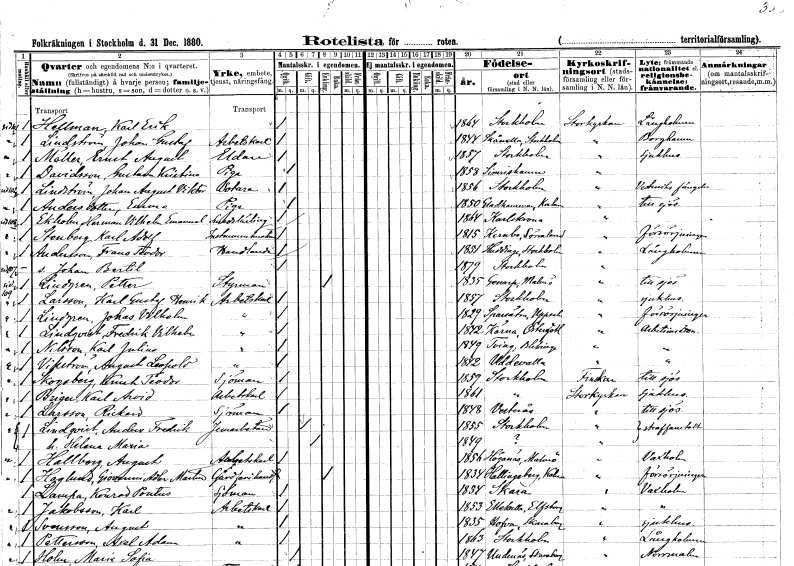
gt_parse: households: individuals: FN: Karl Erik
EN: Hellman
KON: M
CIV: O
FODAR: 1864
FODFORS: Stockholm
FN: Johan Gustaf
EN: Lindström
YRKE: Arbetskarl
KON: M
CIV: O
FODAR: 1844
FODFORS: Skånela Stockholms län
FN: Ernst August
EN: Möller
YRKE: Eldare
KON: M
CIV: O
FODAR: 1857
FODFORS: Stockholm
FN: Gustava Kristina
EN: Davidsson
YRKE: Piga
KON: K
CIV: O
FODAR: 1858
FODFORS: Simrishamn Kristianstads län
FN: Johan August Viktor
EN: Lindström
YRKE: Sotare
KON: M
CIV: O
FODAR: 1856
FODFORS: Stockholm
FN: Emma
EN: Andersdotter
YRKE: Piga
KON: K
CIV: O
FODAR: 1850
FODFORS: Gladhammar Kalmar län
FN: Herman Vilhelm Emanuel
EN: Ekholm
YRKE: Smedslärling
KON: M
CIV: O
FODAR: 1864
FODFORS: Karlskrona Blekinge län
FN: Karl Adolf
EN: Stenberg
YRKE: Instrumentmakare
KON: M
CIV: O
FODAR: 1815
FODFORS: Kärnbo Södermanlands län
FN: Frans Teodor
EN: Andersson
YRKE: Handlande
KON: M
CIV: O
FODAR: 1851
FODFORS: Huddinge Stockholms län
FN: Johan Bertil
KON: M
CIV: O
FODAR: 1879
FODFORS: Stockholm
FN: Petter
EN: Lindgren
YRKE: Styrman
KON: M
CIV: O
FODAR: 1835
FODFORS: Genarp Malmöhus län
FN: Karl Gustaf Henrik
EN: Larsson
YRKE: Arbetskarl
KON: M
CIV: O
FODAR: 1857
FODFORS: Stockholm
FN: Johas Vilhelm
EN: Lindgren
YRKE: Arbetskarl
KON: M
CIV: O
FODAR: 1829
FODFORS: Sparrsätra Uppsala län
FN: Fredrik Vilhelm
EN: Lindqvist
YRKE: Arbetskarl
KON: M
CIV: O
FODAR: 1842
FODFORS: Kärna Östergötlands län
FN: Karl Julius
EN: Nilsson
YRKE: Arbetskarl
KON: M
CIV: O
FODAR: 1849
FODFORS: Tving Blekinge län
FN: August Leopold
EN: Vikström
YRKE: Arbetskarl
KON: M
CIV: O
FODAR: 1842
FODFORS: Uddevalla Göteborgs- och Bohuslän
FN: Knut Teodor
EN: Skogsberg
YRKE: Sjöman
KON: M
CIV: O
FODAR: 1859
FODFORS: Stockholm
FN: Karl Arvid
EN: Briger
YRKE: Arbetskarl
KON: M
CIV: O
FODAR: 1861
FODFORS: Stockholm
FN: Rickard
EN: Larsson
YRKE: Sjöman
KON: M
CIV: O
FODAR: 1848
FODFORS: Västerås Västmanlands län
FN: Anders Fredrik
EN: Lindqvist
YRKE: Järnarbetare
KON: M
CIV: G
FODAR: 1855
FODFORS: Stockholm
FN: Helena Maria
KON: K
CIV: G
FODAR: 1849
FN: August
EN: Hallberg
YRKE: Arbetskarl
KON: M
CIV: O
FODAR: 1856
FODFORS: Höganäs Malmöhus län
FN: Giovanni Adler Martin
EN: Haglund
YRKE: Gårdfarihandlare
KON: M
CIV: E
FODAR: 1834
FODFORS: Hallingeberg Kalmar län
FN: Konrad Pontus
EN: Dampa
YRKE: Sjöman
KON: M
CIV: O
FODAR: 1854
FODFORS: Skara Skaraborgs län
FN: Karl
EN: Jakobsson
YRKE: Arbetskarl
KON: M
CIV: O
FODAR: 1853
FODFORS: Älekulla Älvsborgs län